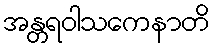
အန္တရဝါသကေနာတိ